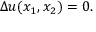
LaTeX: \Delta u ( x _ { 1 } , x _ { 2 } ) = 0 .